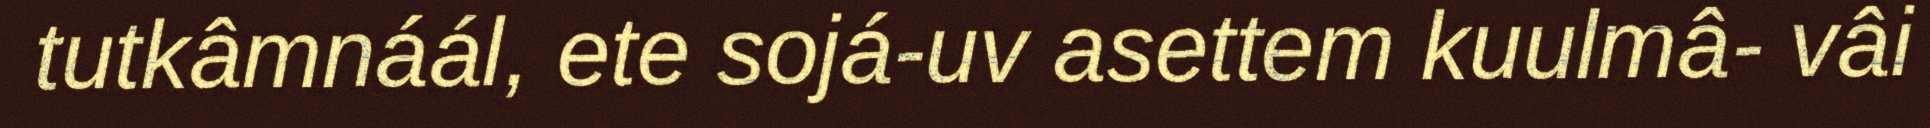
tutkâmnáál, ete sojá-uv asettem kuulmâ- vâi